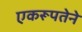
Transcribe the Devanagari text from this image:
एकरूपतेने